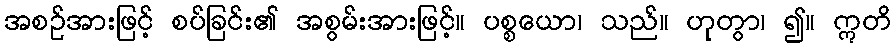
အစဉ်အားဖြင့် စပ်ခြင်း၏ အစွမ်းအားဖြင့်။ ပစ္စယော၊ သည်။ ဟုတွာ၊ ၍။ ဣတိ